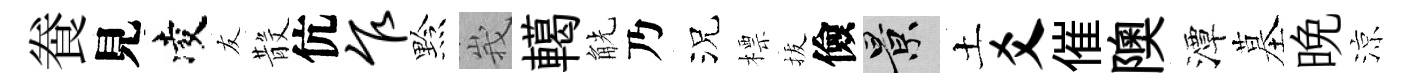
飬見凌友𣪚伉乍黔峩轕觥乃況標拔儉景土爻催隩潭墓晚涼